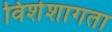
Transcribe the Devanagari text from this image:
विशेशागता